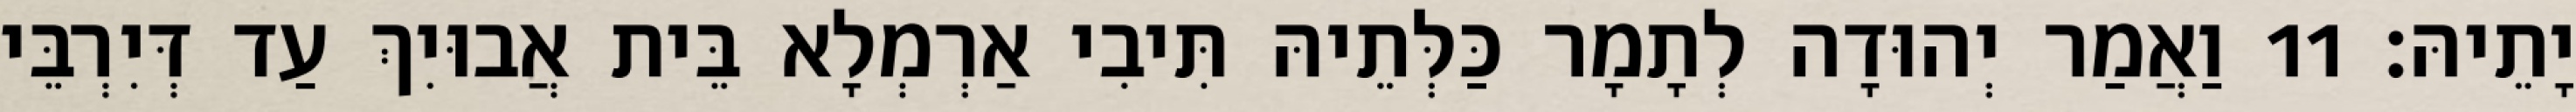
יָתֵיהּ׃ 11 וַאֲמַר יְהוּדָה לְתָמָר כַּלְּתֵיהּ תִּיבִי אַרְמְלָא בֵּית אֲבוּיִךְ עַד דְּיִרְבֵּי